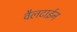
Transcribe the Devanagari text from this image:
वैलटाईन